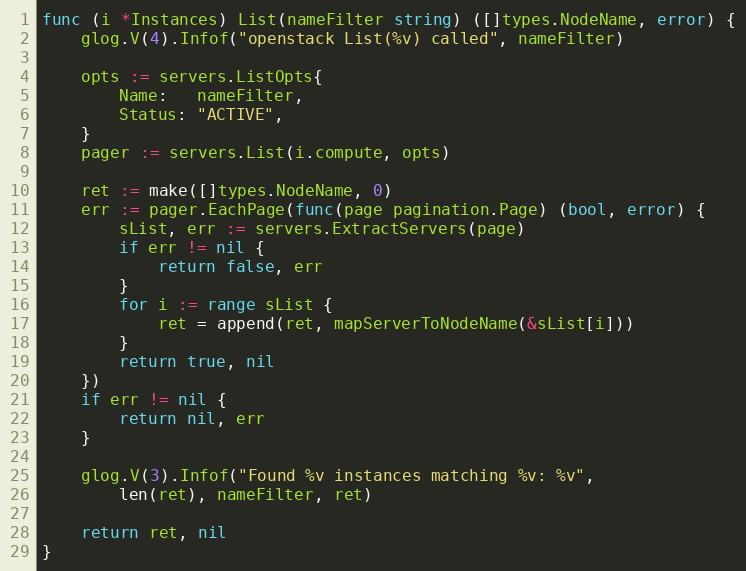
Language: Go
func (i *Instances) List(nameFilter string) ([]types.NodeName, error) {
	glog.V(4).Infof("openstack List(%v) called", nameFilter)

	opts := servers.ListOpts{
		Name:   nameFilter,
		Status: "ACTIVE",
	}
	pager := servers.List(i.compute, opts)

	ret := make([]types.NodeName, 0)
	err := pager.EachPage(func(page pagination.Page) (bool, error) {
		sList, err := servers.ExtractServers(page)
		if err != nil {
			return false, err
		}
		for i := range sList {
			ret = append(ret, mapServerToNodeName(&sList[i]))
		}
		return true, nil
	})
	if err != nil {
		return nil, err
	}

	glog.V(3).Infof("Found %v instances matching %v: %v",
		len(ret), nameFilter, ret)

	return ret, nil
}